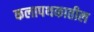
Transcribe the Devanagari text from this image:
कलापथकातील